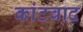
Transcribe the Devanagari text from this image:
कांटवाद